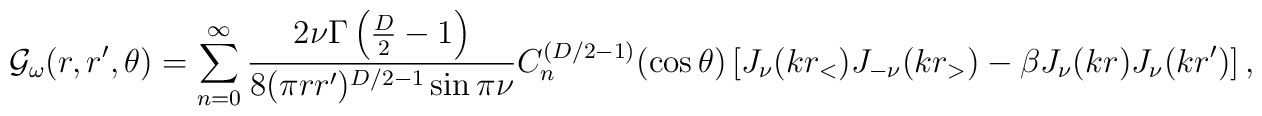
{\cal G}_\omega(r,r',\theta)=\sum_{n=0}^\infty{2\nu \Gamma\left({D\over2}-1\right)\over8(\pi r r')^{D/2-1}\sin\pi\nu}C_n^{(D/2-1)}(\cos\theta)\left[J_\nu(kr_<)J_{-\nu}(kr_>)-\beta J_\nu(kr)J_\nu(kr')\right],